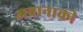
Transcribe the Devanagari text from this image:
अबानाकी